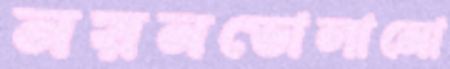
নয়নভোলানো